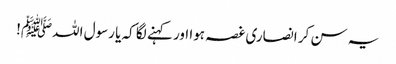
یہ سن کر انصاری غصہ ہوا اور کہنے لگا کہ یا رسول اللہﷺ!